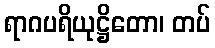
ရာဂပရိယုဋ္ဌိတော၊ တပ်